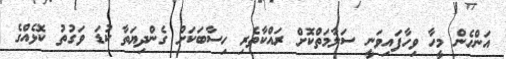
އަންހެން މީހާ ވިހާފައިވަނީ ސަލާމަތްކޮށް ރައްކާތެރި ހިސާބަކަށް ގެންދިޔަތާ ކުޑަ ވަގުތު ކޮޅެއްގެ